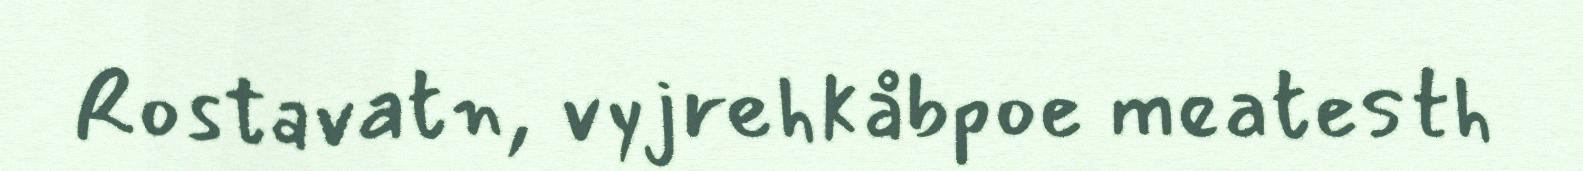
Rostavatn, vyjrehkåbpoe meatesth